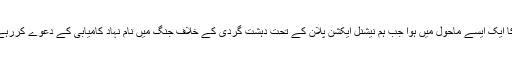
دھماکا ایک ایسے ماحول میں ہوا جب ہم نیشنل ایکشن پلان کے تحت دہشت گردی کے خلاف جنگ میں نام نہاد کامیابی کے دعوے کررہے ہیں۔